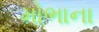
મોભાના